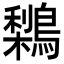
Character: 𪅌